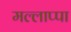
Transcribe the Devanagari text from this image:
मल्लाप्पा